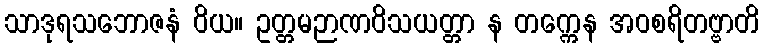
သာဒုရသဘောဇနံ ဝိယ။ ဥတ္တမဉာဏဝိသယတ္တာ န တက္ကေန အဝစရိတဗ္ဗာတိ